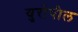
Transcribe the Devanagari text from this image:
युरोपील